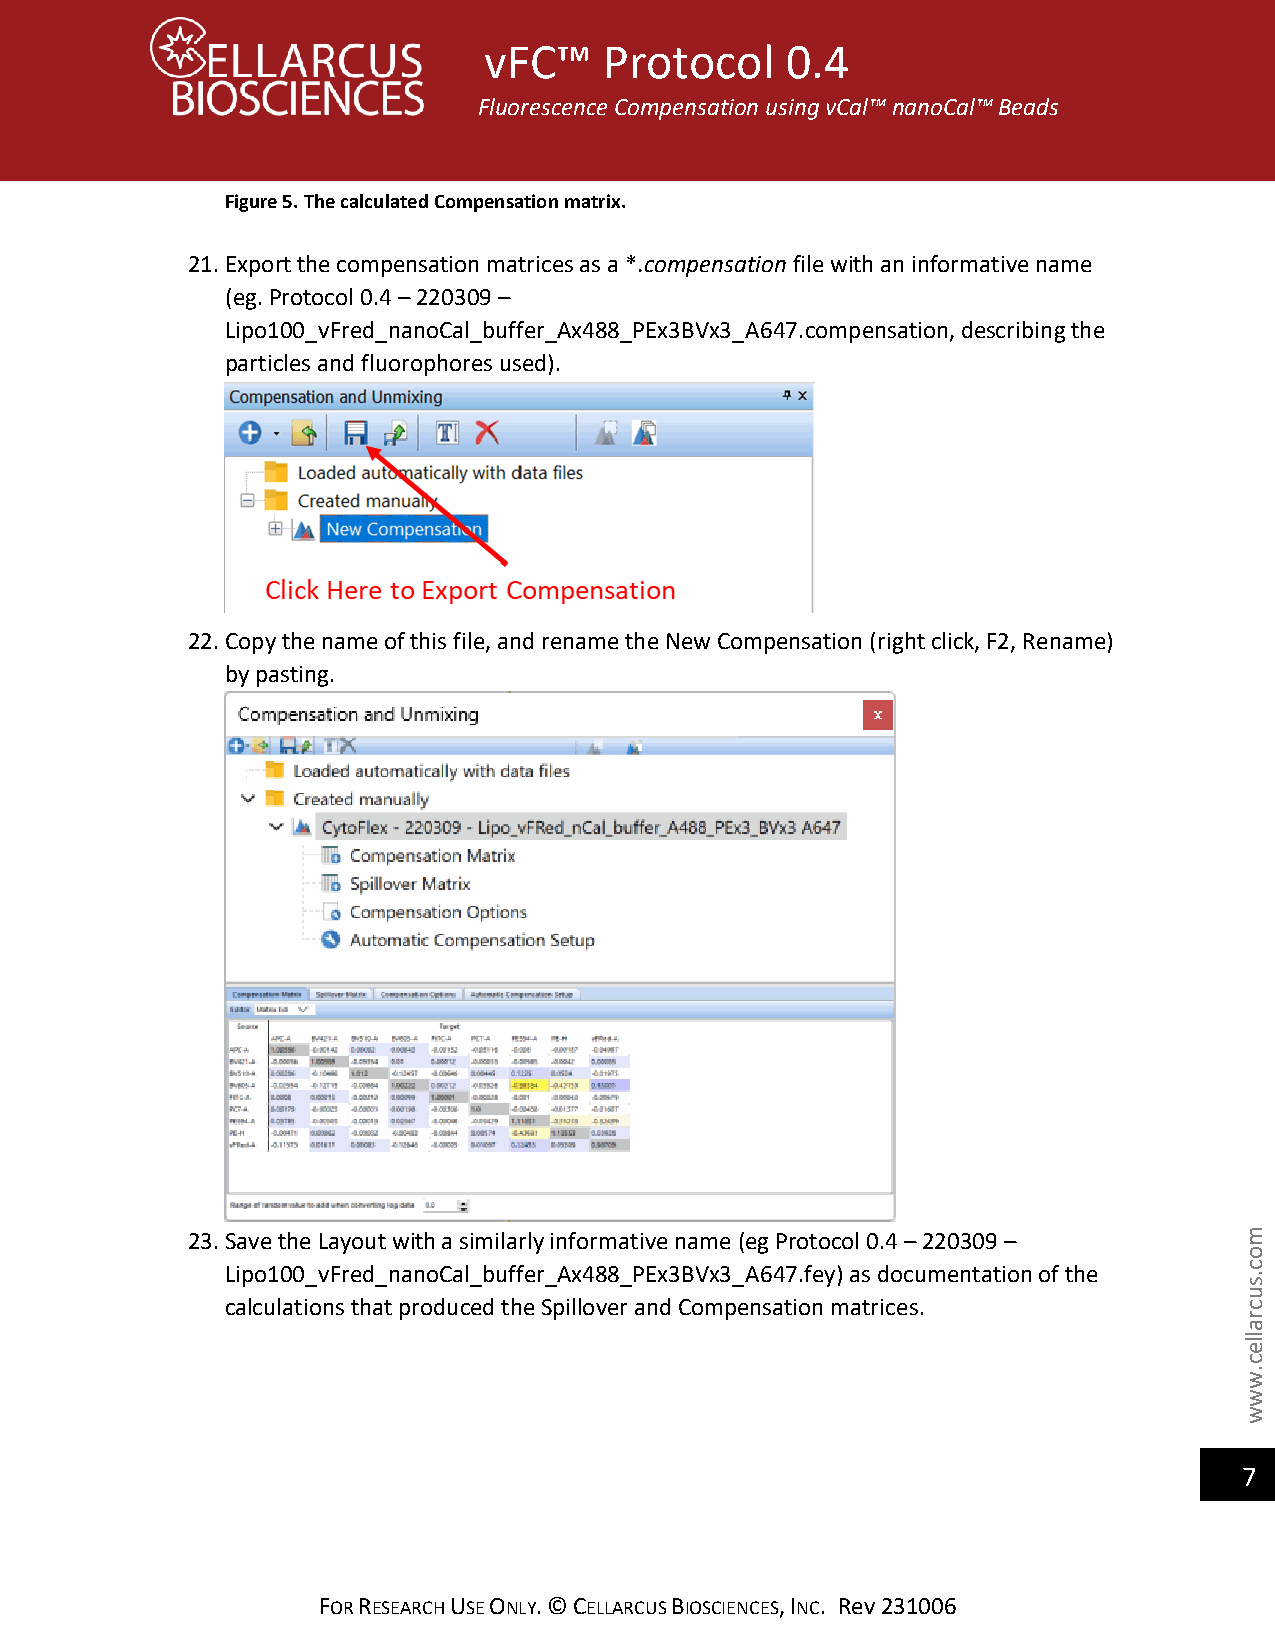
vFC™    Protocol    0.4
 Fluorescence Compensation using vCal™ nanoCal™ Beads
 Figure 5. The calculated Compensation matrix.
 21. Export the compensation matrices as a *.compensation file with an informative name
 (eg. Protocol 0.4 – 220309 –
 Lipo100_vFred_nanoCal_buffer_Ax488_PEx3BVx3_A647.compensation, describing the
 particles and fluorophores used).
 22. Copy the name of this file, and rename the New Compensation (right click, F2, Rename)
 by pasting.
 23. Save the Layout with a similarly informative name (eg Protocol 0.4 – 220309 – m
 o
 Lipo100_vFred_nanoCal_buffer_Ax488_PEx3BVx3_A647.fey) as documentation of the c .
 s
 u
 calculations that produced the Spillover and Compensation matrices. c
 r
 a
 lle
 c
 .
 w
 w
 w
 7
 FOR RESEARCH USE ONLY. © CELLARCUS BIOSCIENCES, INC. Rev 231006